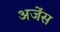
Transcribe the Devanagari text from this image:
अजेंस